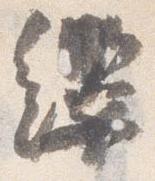
纓